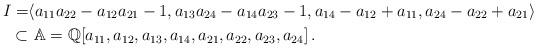
LaTeX: \begin{align*} I=&\langle a_{11}a_{22}-a_{12}a_{21}-1, a_{13}a_{24}-a_{14}a_{23}-1, a_{14}-a_{12}+a_{11}, a_{24}-a_{22}+a_{21}\rangle\\ \subset&\ \mathbb{A}= \mathbb{Q}[a_{11},a_{12},a_{13},a_{14},a_{21},a_{22},a_{23},a_{24}]\,.\end{align*}